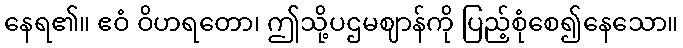
နေရ၏။ ဧဝံ ဝိဟရတော၊ ဤသို့ပဌမဈာန်ကို ပြည့်စုံစေ၍နေသော။